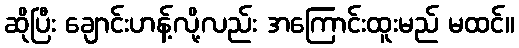
ဆိုပြီး ချောင်းဟန့်လို့လည်း အကြောင်းထူးမည် မထင်။